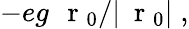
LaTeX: -eg\, \mathrm{~\mathbf~r~}_{0}/|\mathrm{~\mathbf~r~}_{0}|\; ,